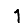
Digit: 1